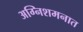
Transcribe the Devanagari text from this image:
अग्निशमनात